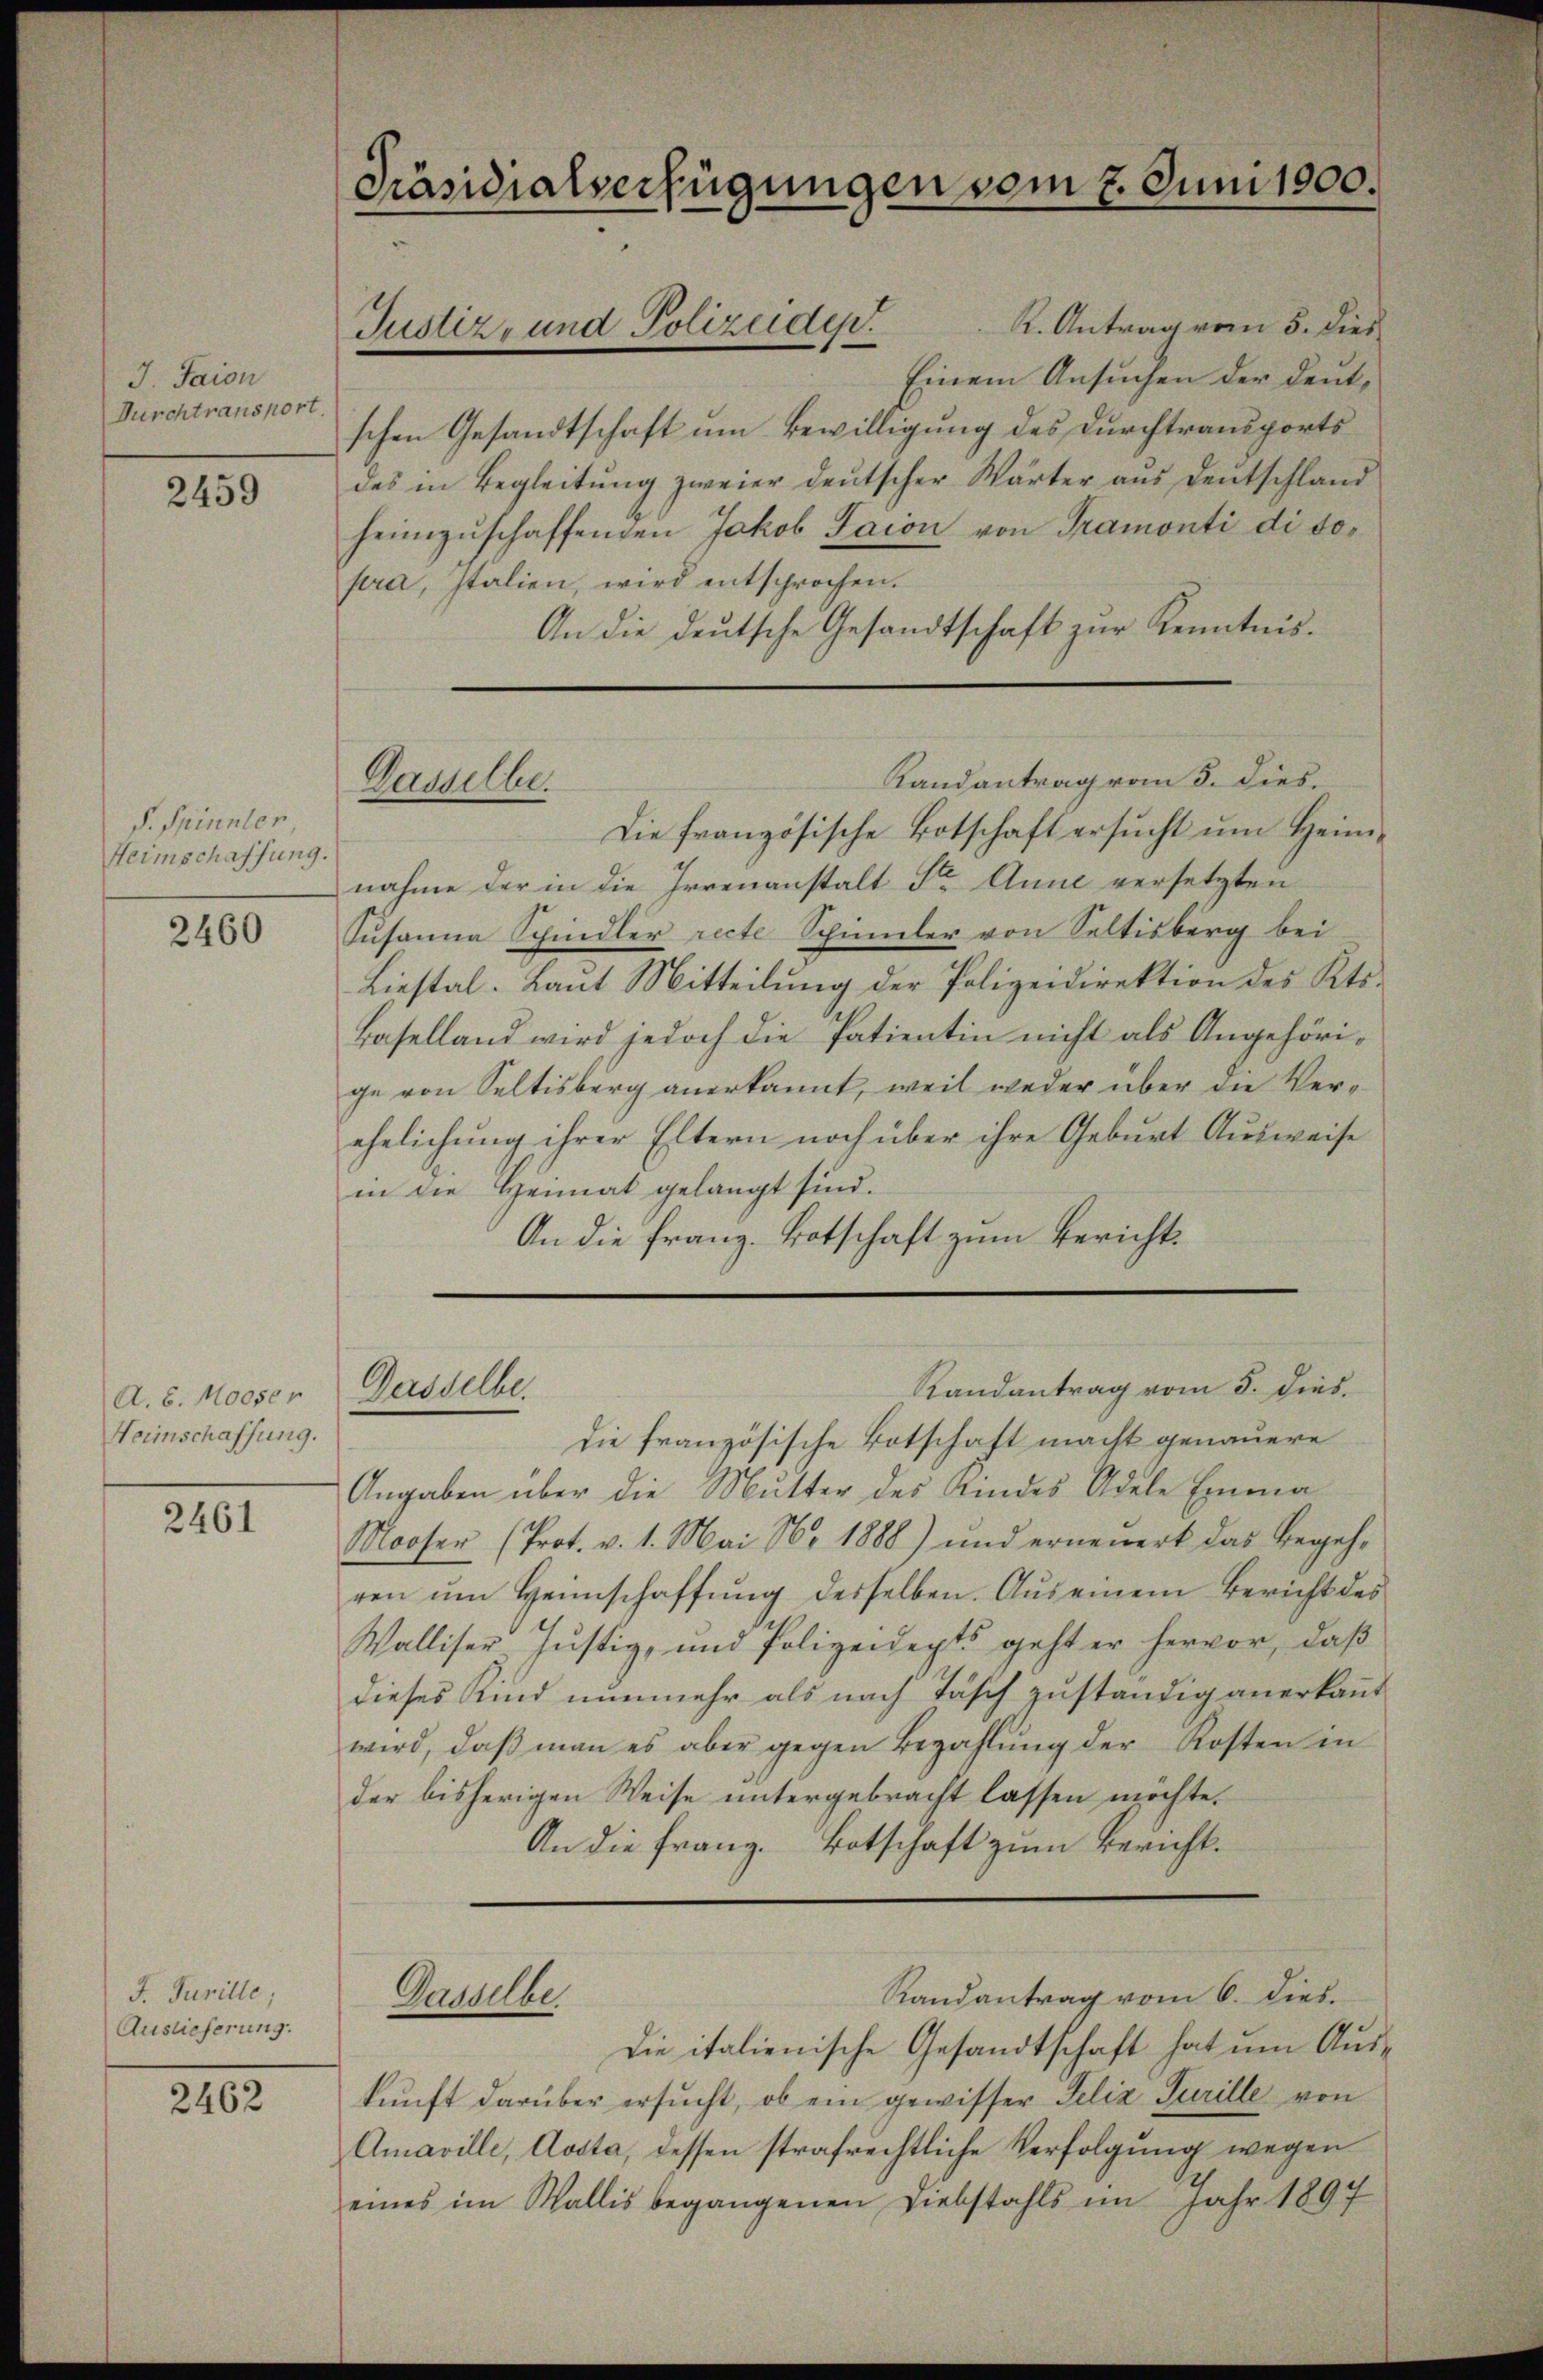
J. Taion
Durchtransport.

2459

P. Spinner
Heimschaffung.

2460

A. 6. Moeser
Heimschaffung.

2461

F. Jurille;
Auslieferung.

2462

Präsidialverfügungen vom 2. Juni 1900.

K. Antrag vom 5. dies
Einem Ansuchen der deutschen Gesandtschaft um Bewilligung des Durchtransportsdes in Begleitŭng zweier deutscher Wärter aŭs deutschland
heimzŭschaffenden Jakob Saion von Tramonti di dopra, Italien, wird entsprochen.
An die deutsche Gesandtschaft zur Kenntnis¬

Justiz- und Polizeiden.

Dasselbe.

Dasselbe.

Gauder

Randantrag vom 3. dies.
Die französische Botschaft ersucht um Heimnahme der in die Irrenanstalt Str. Anne versetzten
Susanna Schindler recte Schimmler von Seltisberg bei
Liestal. Laut Mitteilung der Polizeidirektion des Kts.
Baselland wird jedoch die Patientin nicht als Angehörige von Seltisberg anerkannt, weil weder über die Verehelichung ihrer Eltern noch über ihre Geburt Ausweise
in die Heimat gelangt sind.
An die Franz. Botschaft zum Bericht

die französische Botschaft macht genauere
Angaben über die Mutter des Amtes Adele Emma¬
Mooser (Prot. v. 1. Mai Nr 1888) und erneŭert das Begeh-
ren ŭm Heimschaffŭng desselben. Aus einem Bericht des
Walliser Justiz- und Polizeidepts geht er hervor, daß
dieses Kind nunmehr als nach Täsch zuständig anerkannt
wird, daβ man es aber gegen Bezahlŭng der Kosten in
der bisherigen Weise untergebracht lassen möchte.
An die Franz. Botschaft zum Bericht¬

Randantrag vom 5. dies.

Randantrag vom 6. dies

Die italienische Gesandtschaft hat um Auskunft darüber ersucht, ob ein gewisser Felix Surille von
Amaville, Aosta, dessen strafrechtliche Verfolgung wegen
eines im Wallis begangenen Liebstahls im Jahr 1897